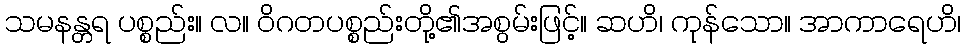
သမနန္တရ ပစ္စည်း။ လ။ ဝိဂတပစ္စည်းတို့၏အစွမ်းဖြင့်။ ဆဟိ၊ ကုန်သော။ အာကာရေဟိ၊